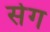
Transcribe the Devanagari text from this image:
सेग